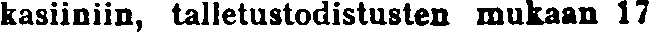
kasiiniin, talletustodistusten mukaan 17